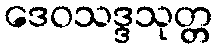
ဒေဝသဒ္ဒသုတ္တ